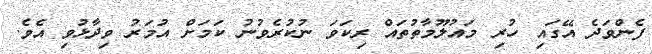
ފެންވަދެ އޭގައި ހުރި މައުލޫމާތުތައް ރިކަވަ ނުކުރެވުނު ކަމަށް އުމަރު ވިދާޅުވި އެވެ.